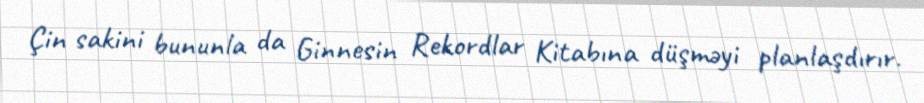
Çin sakini bununla da Ginnesin Rekordlar Kitabına düşməyi planlaşdırır.